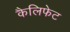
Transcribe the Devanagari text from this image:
कैलिफेट